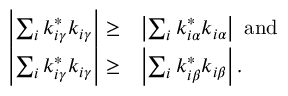
\begin{array} { r l } { \left| \sum _ { i } k _ { i \gamma } ^ { * } k _ { i \gamma } \right| \geq } & { \left| \sum _ { i } k _ { i \alpha } ^ { * } k _ { i \alpha } \right| \mathrm { ~ a n d } } \\ { \left| \sum _ { i } k _ { i \gamma } ^ { * } k _ { i \gamma } \right| \geq } & { \left| \sum _ { i } k _ { i \beta } ^ { * } k _ { i \beta } \right| . } \end{array}